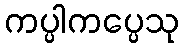
ကပ္ပါကပ္ပေသု